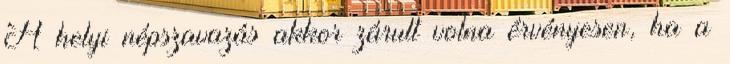
A helyi népszavazás akkor zárult volna érvényesen, ha a